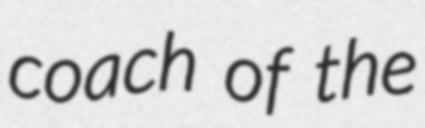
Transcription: coach of the